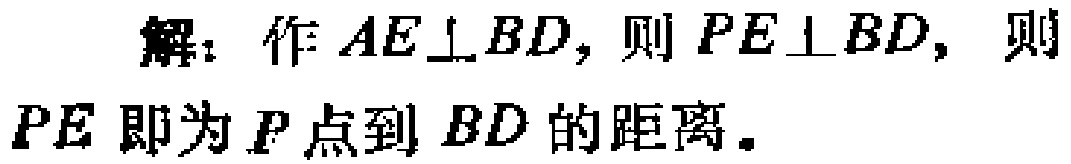
解：作 \(AE\perp BD\)，则 \(PE\perp BD\)，则 \(PE\) 即为 \(P\) 点到 \(BD\) 的距离。